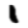
Digit: 1